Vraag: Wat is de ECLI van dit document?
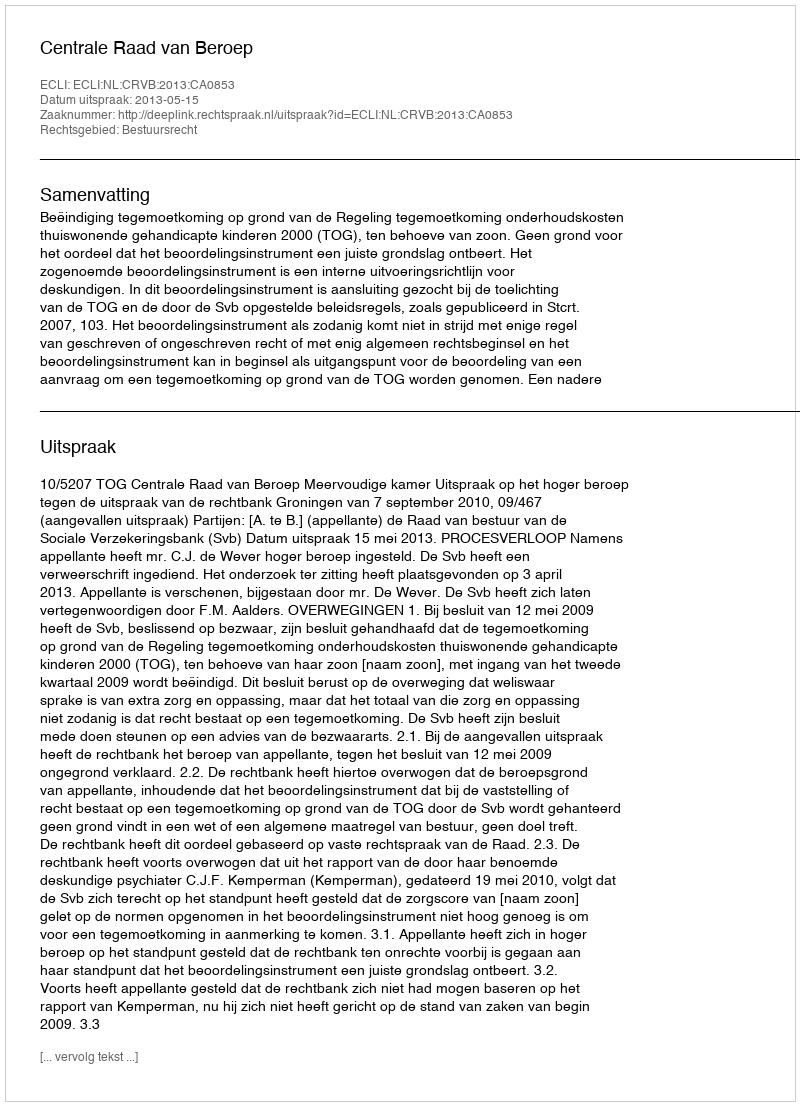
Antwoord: ECLI:NL:CRVB:2013:CA0853